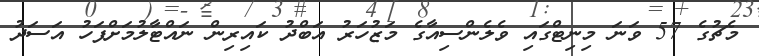
މެޗުގެ 57 ވަނަ މިނިޓްގައި ވެލެންސިއާގެ މަޒުހަރު އަބްދު ކައިރިން ނައްޓާލުމަށްފަހު އަސަދު